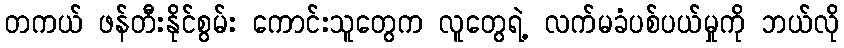
တကယ် ဖန်တီးနိုင်စွမ်း ကောင်းသူတွေက လူတွေရဲ့ လက်မခံပစ်ပယ်မှုကို ဘယ်လို